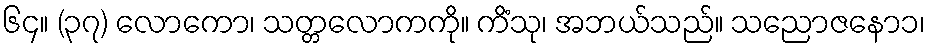
၆၄။ (၃၇) လောကော၊ သတ္တလောကကို။ ကိံသု၊ အဘယ်သည်။ သညောဇနော၁၊